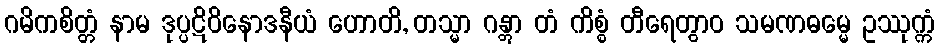
ဂမိကစိတ္တံ နာမ ဒုပ္ပဋိဝိနောဒနီယံ ဟောတိ, တသ္မာ ဂန္တွာ တံ ကိစ္စံ တီရေတွာဝ သမဏဓမ္မေ ဥဿုက္ကံ